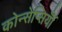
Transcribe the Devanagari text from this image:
कोन्सेप्सियॉँ